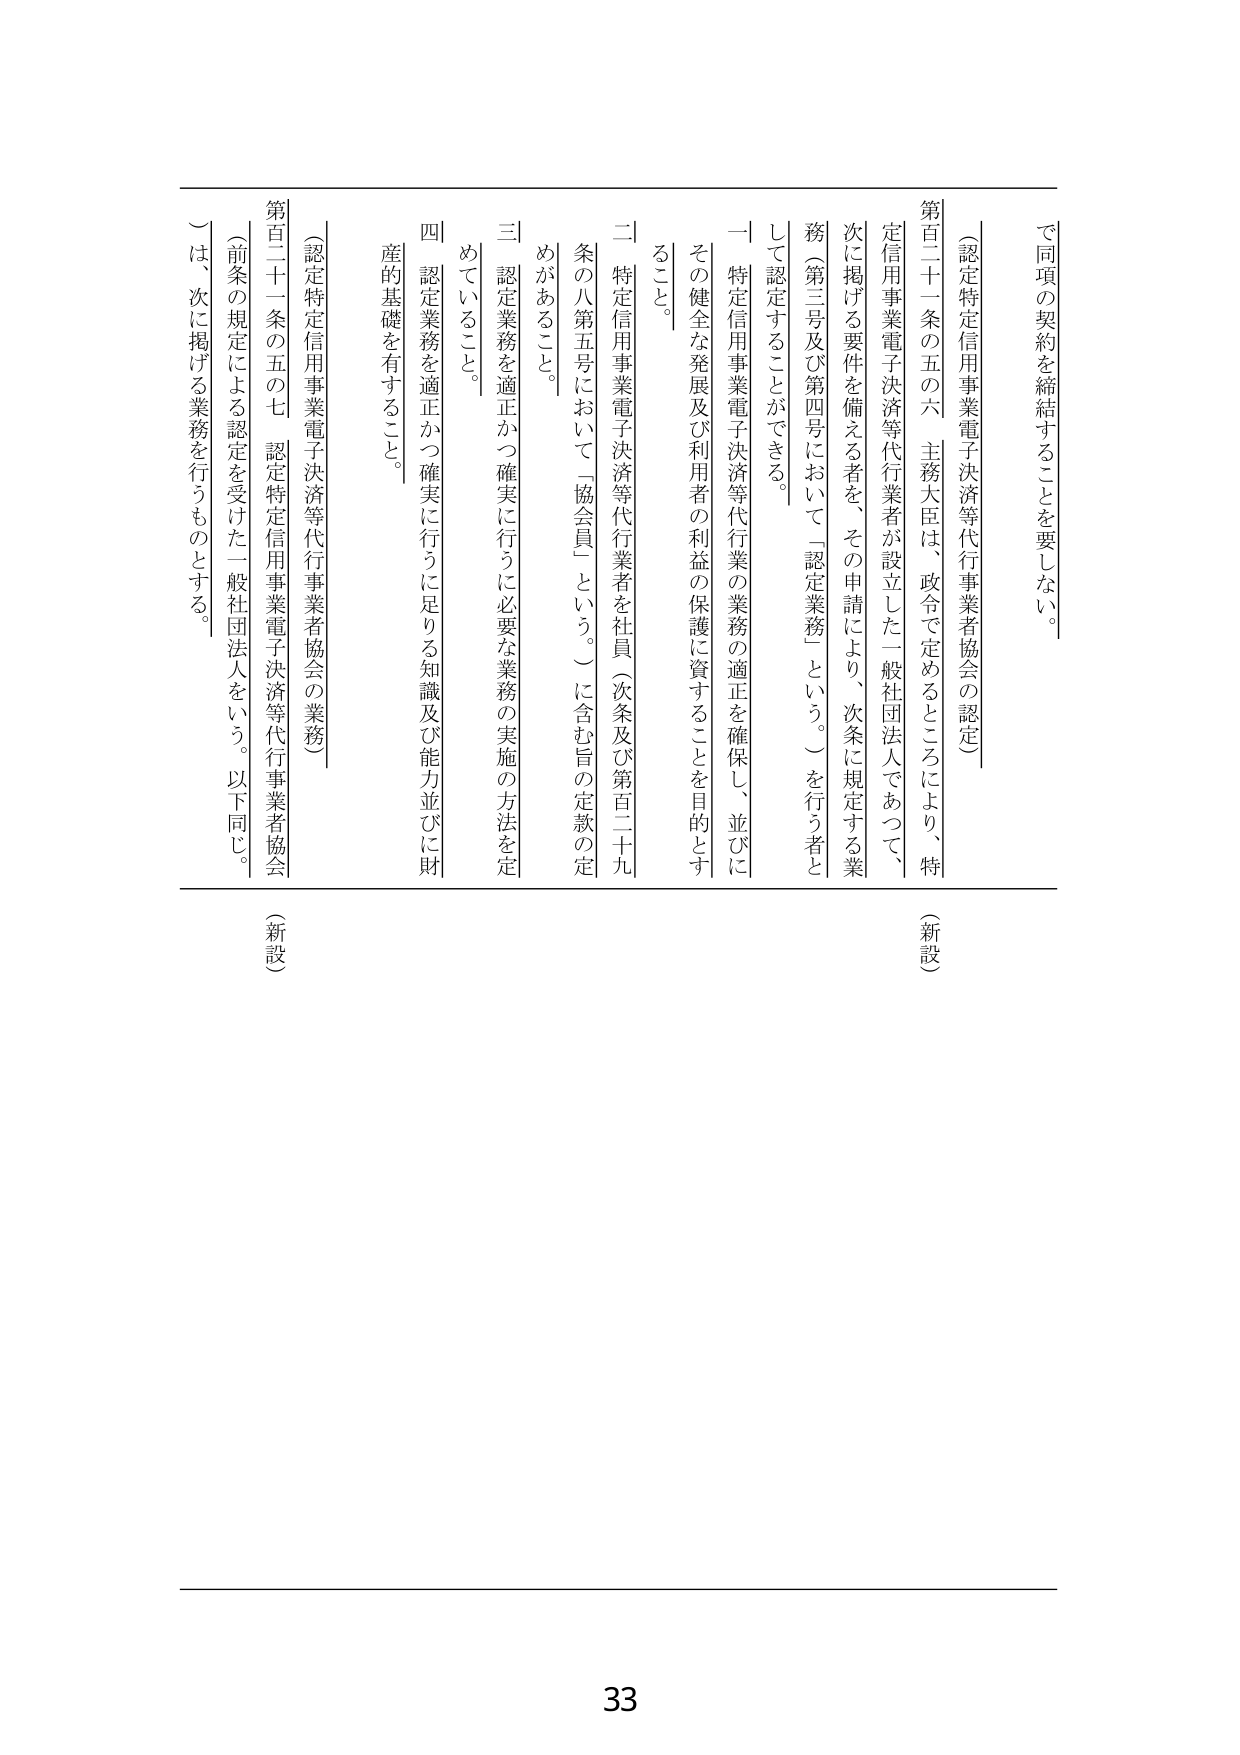
で同項の契約を締結することを要しない。

（認定特定信用事業電子決済等代行事業者協会の認定）

第百二十一条の五の六 主務大臣は、政令で定めるところにより、特定信用事業電子決済等代行業者が設立した一般社団法人であつて、次に掲げる要件を備える者を、その申請により、次条に規定する業務（第三号及び第四号において「認定業務」という。）を行う者として認定することができる。

一 特定信用事業電子決済等代行業の業務の適正を確保し、並びにその健全な発展及び利用者の利益の保護に資することを目的とするこ と。

二 特定信用事業電子決済等代行業者を社員（次条及び第百二十九条の八第五号において「協会員」という。）に含む旨の定款の定めがあること。

三 認定業務を適正かつ確実に行うに必要な業務の実施の方法を定めていること。

四 認定業務を適正かつ確実に行うに足りる知識及び能力並びに財産的基礎を有すること。

（認定特定信用事業電子決済等代行事業者協会の業務）

第百二十一条の五の七 認定特定信用事業電子決済等代行事業者協会（前条の規定による認定を受けた一般社団法人をいう。以下同じ。）は、次に掲げる業務を行うものとする。

（新設）

（新設）

33